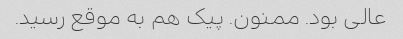
عالی بود. ممنون. پیک هم به موقع رسید.